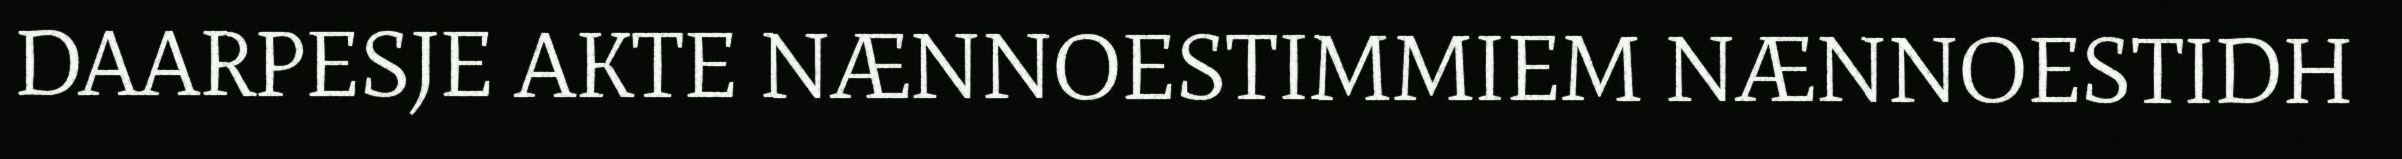
DAARPESJE AKTE NÆNNOESTIMMIEM NÆNNOESTIDH